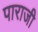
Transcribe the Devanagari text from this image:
पाराजी